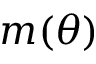
m ( { \theta } )